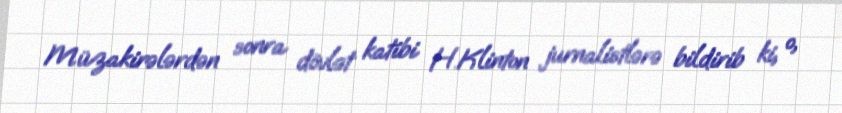
Müzakirələrdən sonra dövlət katibi H.Klinton jurnalistlərə bildirib ki, o,